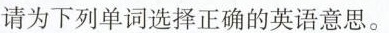
请为下列单词选择正确的英语意思。